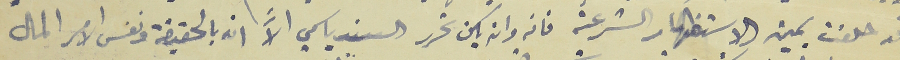
قد حلفت يمين الاستظهار الشرعية فانه وان يكن تحرر السند باسمي الاَّ انه بالحقيقة ونفس الامر المال